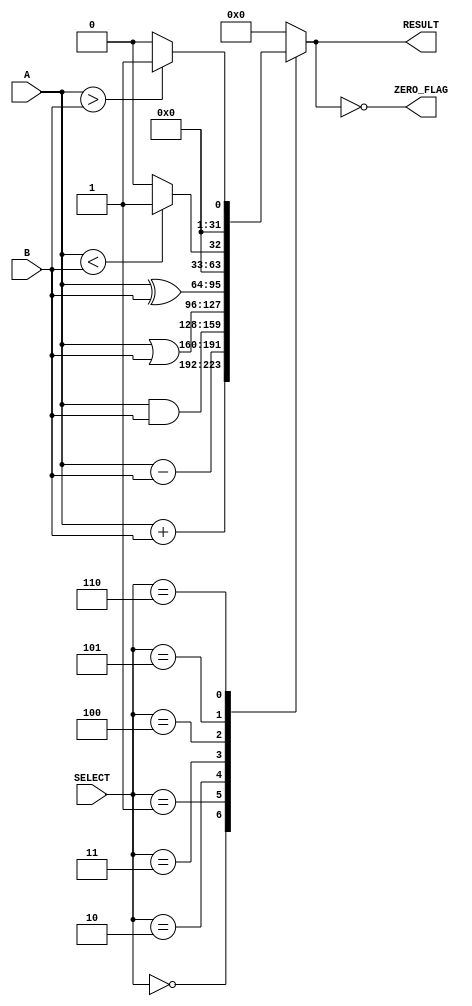
module parameterized_alu #(
    parameter DATA_WIDTH = 32,
    parameter OPERATION_SET = 5 // Number of operations supported
)(
    input  wire [DATA_WIDTH-1:0] A,
    input  wire [DATA_WIDTH-1:0] B,
    input  wire [$clog2(OPERATION_SET)-1:0] SELECT,
    output reg  [DATA_WIDTH-1:0] RESULT,
    output wire ZERO_FLAG
);

// Operation codes
localparam ADD      = 3'b000;
localparam SUBTRACT = 3'b001;
localparam AND      = 3'b010;
localparam OR       = 3'b011;
localparam XOR      = 3'b100;
localparam LT       = 3'b101; // Less than
localparam GT       = 3'b110; // Greater than
// Add more operations as needed

// Combinational logic for ALU operations
always @(*) begin
    case (SELECT)
        ADD:      RESULT = A + B;
        SUBTRACT: RESULT = A - B;
        AND:      RESULT = A & B;
        OR:       RESULT = A | B;
        XOR:      RESULT = A ^ B;
        LT:       RESULT = (A < B) ? 1 : 0; // Result is 1 bit
        GT:       RESULT = (A > B) ? 1 : 0; // Result is 1 bit
        default:  RESULT = {DATA_WIDTH{1'b0}}; // Default case
    endcase
end

// Zero flag logic
assign ZERO_FLAG = (RESULT == {DATA_WIDTH{1'b0}});

endmodule